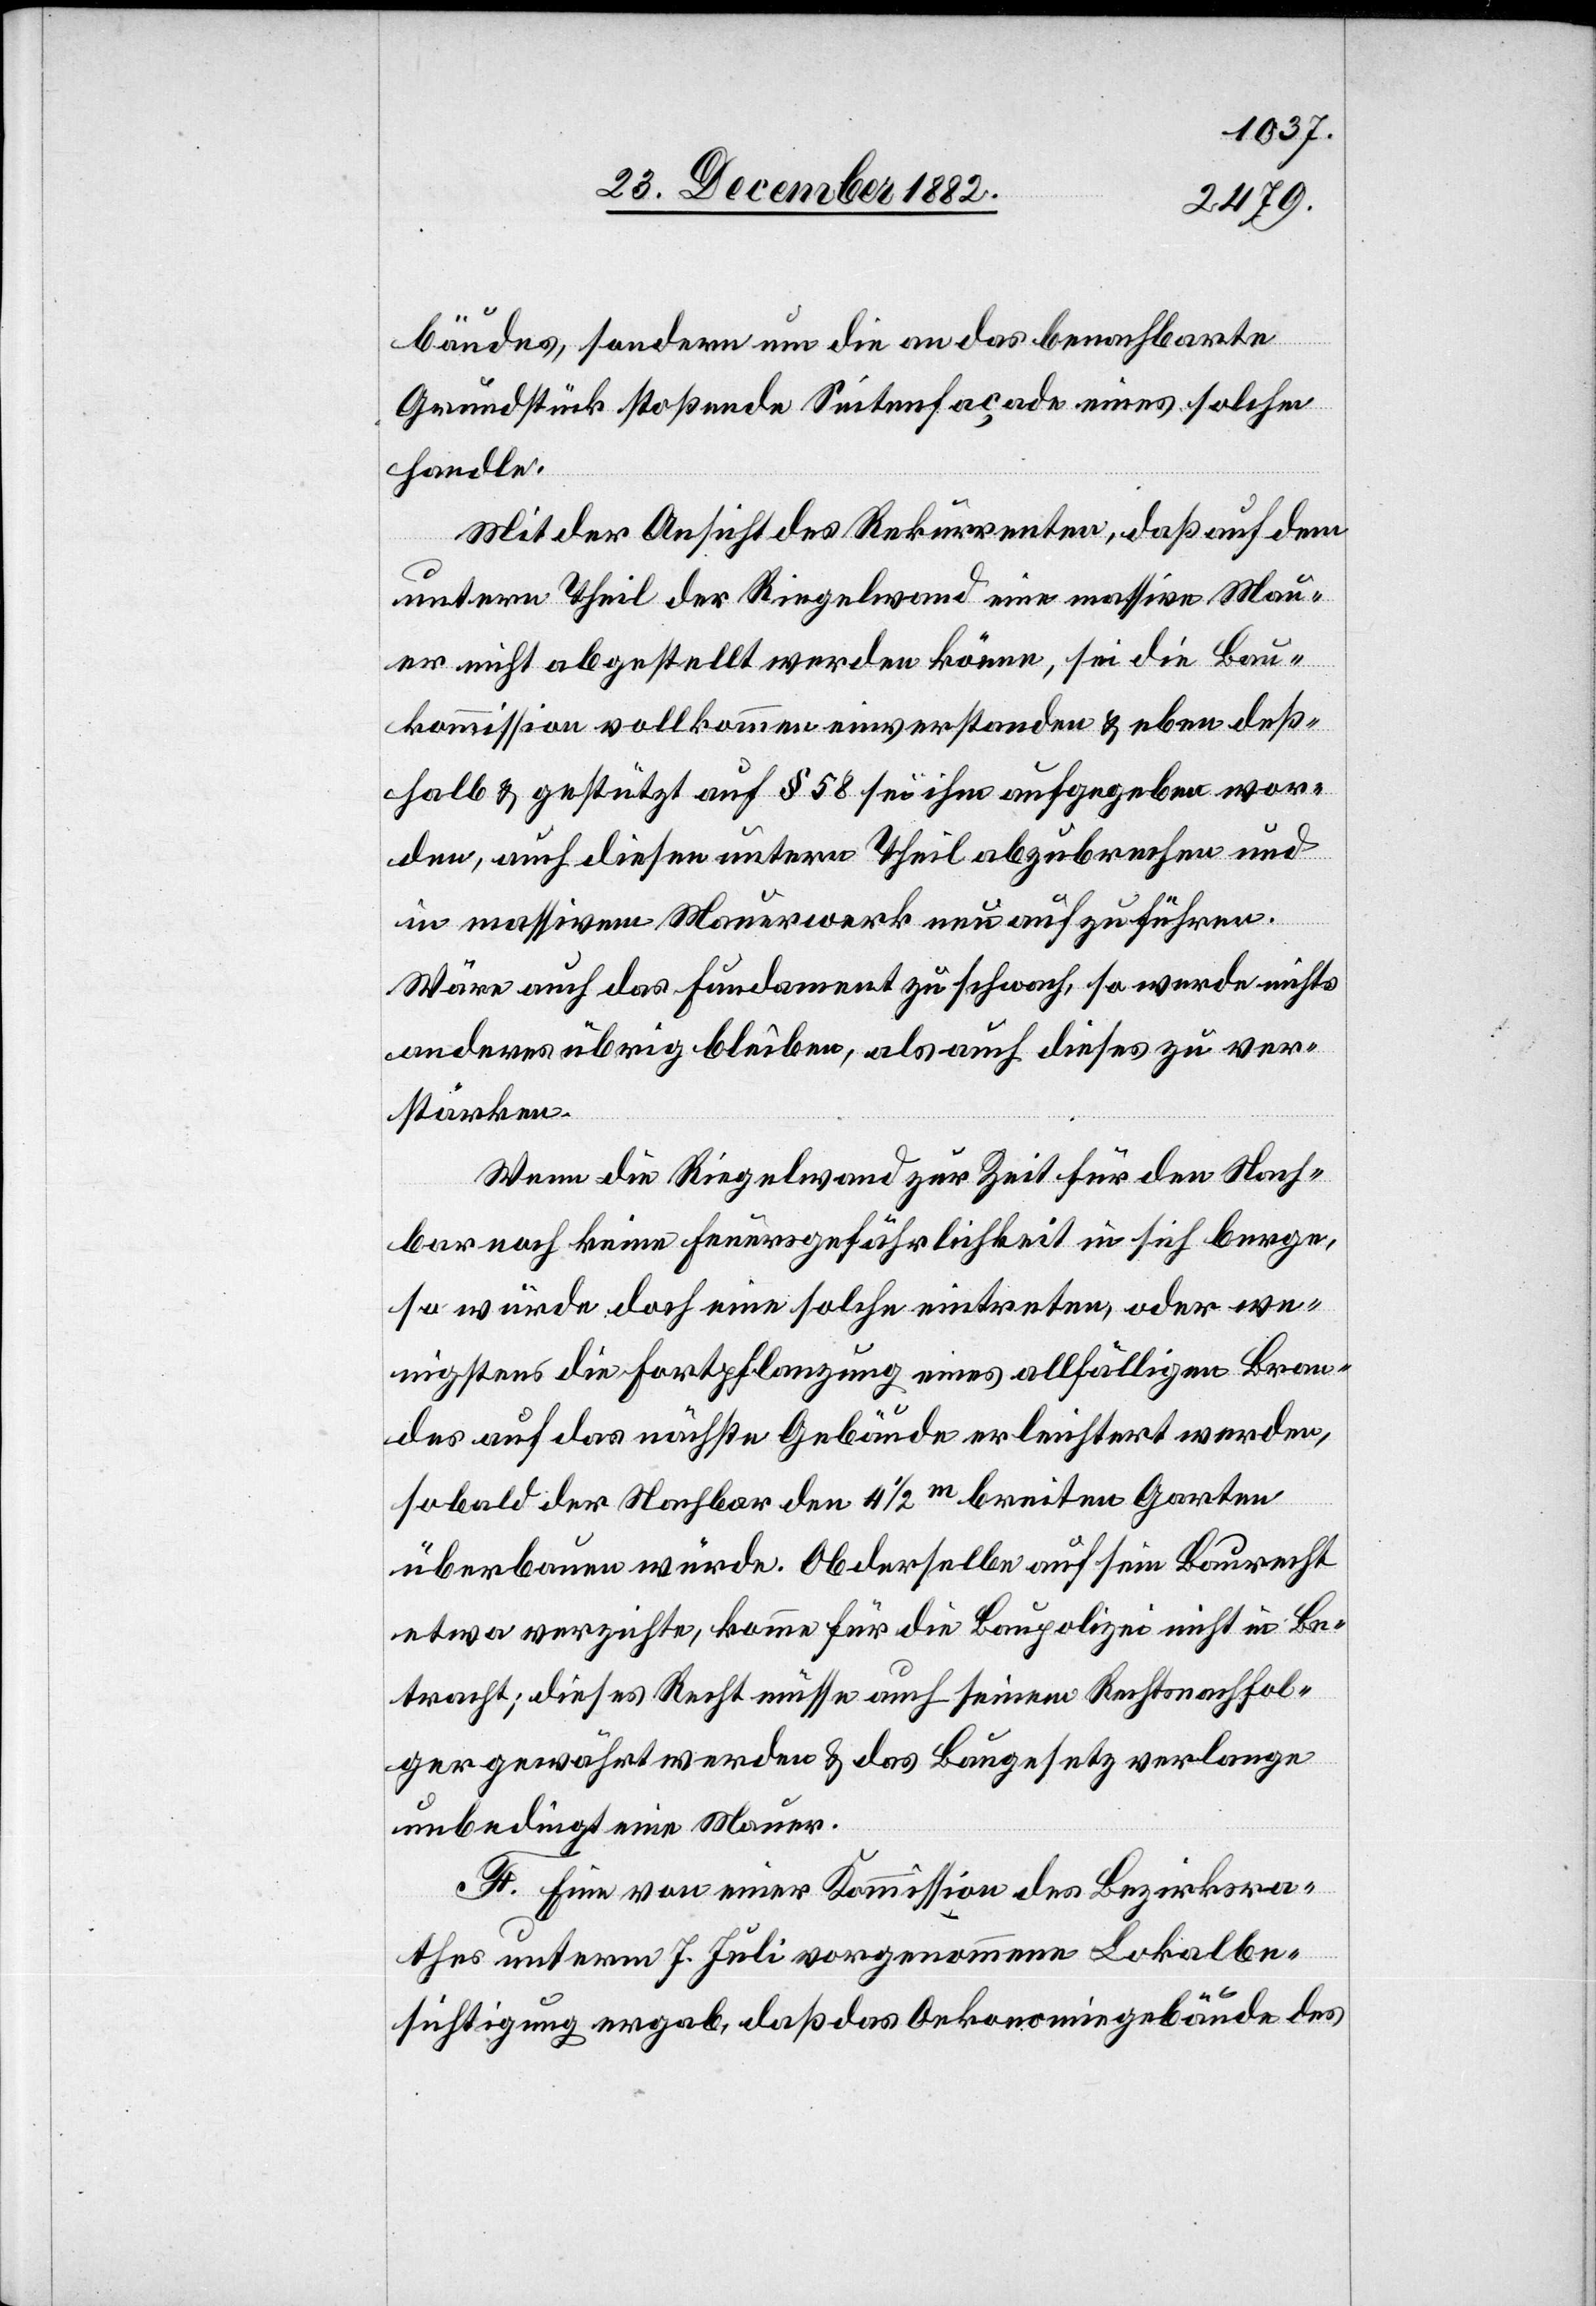
bäudes, sondern um die an das benachbarte
Grundstück stoßende Seitenfaçade eines solchen
handle.
Mit der Ansicht des Rekurrenten, daß auf dem
untern Theil der Riegelwand eine massive Mau¬
er nicht abgestellt werden könne, sei die Bau¬
kommission vollkommen einverstanden & eben deß¬
halb & gestützt auf § 58 sei ihm aufgegeben wor¬
den, auch diesen untern Theil abzubrechen und
in massivem Mauerwerk neu aufzuführen
Wäre auch das Fundament zu schwach, so werde nichts
anderes übrig bleiben, als auch dieses zu ver¬
stärken.
Wenn die Riegelwand zur Zeit für den Nach¬
bar noch keine Feuersgefährlichkeit in sich berge,
so würde doch eine solche eintreten, oder we¬
nigstens die Fortpflanzung eines allfälligen Bran¬
des auf das nächste Gebäude erleichtert werden,
sobald der Nachbar den 4 1/2m breiten Garten
überbauen würde. Ob derselbe auf sein Baurecht
etwa verzichte, komme für die Baupolizei nicht in Be¬
tracht; dieses Recht müsse auch seinem Rechtsnachfol¬
ger gewährt werden & das Baugesetzt verlange
unbedingt eine Mauer.
F. Eine von einer Kommission des Bezirksra¬
thes unterm 7. Juli vorgenommene Lokalbe¬
sichtigung ergab, daß das Oekonomiegebäude des